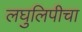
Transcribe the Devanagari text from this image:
लघुलिपीचा